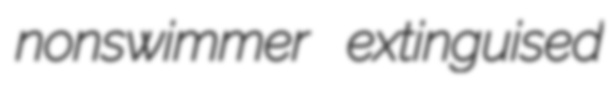
nonswimmer extinguised